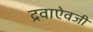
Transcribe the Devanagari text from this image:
द्रवाऐवजी